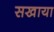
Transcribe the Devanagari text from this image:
सखाया